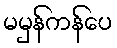
မမှန်ကန်ပေ